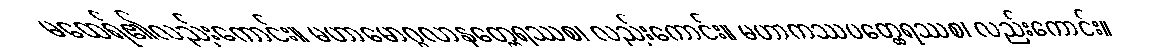
မထေရ်၏လည်းကောင်း။ မဟာမောဂ္ဂလာနတ္ထေရဿစ၊ လည်းကောင်း။ မဟာကဿပတ္ထေရဿစ၊ လည်းကောင်း။